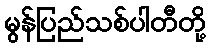
မွန်ပြည်သစ်ပါတီတို့